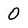
Character: 0